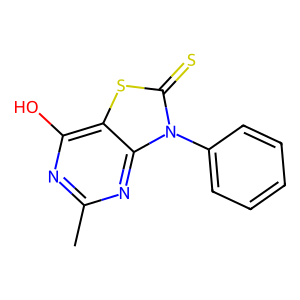
SMILES: Cc1nc(O)c2sc(=S)n(-c3ccccc3)c2n1
Inhibits HIV replication: No